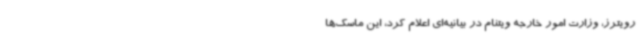
رویترز، وزارت امور خارجه ویتنام در بیانیه‌ای اعلام کرد، این ماسک‌ها